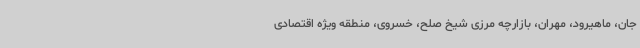
جان، ماهیرود، مهران، بازارچه مرزی شیخ صلح، خسروی، منطقه ویژه اقتصادی